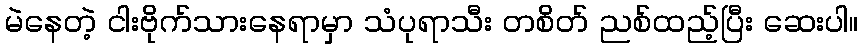
မဲနေတဲ့ ငါးဗိုက်သားနေရာမှာ သံပုရာသီး တစိတ် ညစ်ထည့်ပြီး ဆေးပါ။